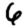
Digit: 6